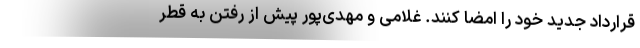
قرارداد جدید خود را امضا کنند. غلامی و مهدی‌پور پیش از رفتن به قطر